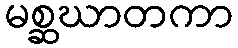
မစ္ဆဃာတကာ